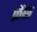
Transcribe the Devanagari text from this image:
फ्रेंछ